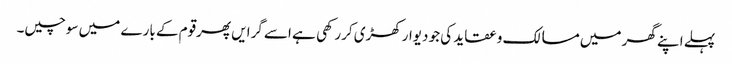
پہلے اپنے گھر میں مسالک و عقاید کی جو دیوارکھڑی کررکھی ہے اسے گرایں پھرقوم کے بارے میں سوچیں۔